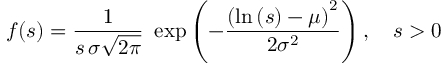
f ( s ) = { \frac { 1 } { s \, \sigma { \sqrt { 2 \pi } } } } \ \exp \left( - { \frac { \left( \ln \left( s \right) - \mu \right) ^ { 2 } } { 2 \sigma ^ { 2 } } } \right) , \quad s > 0